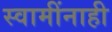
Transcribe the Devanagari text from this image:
स्वामींनाही